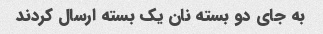
به جای دو بسته نان یک بسته ارسال کردند